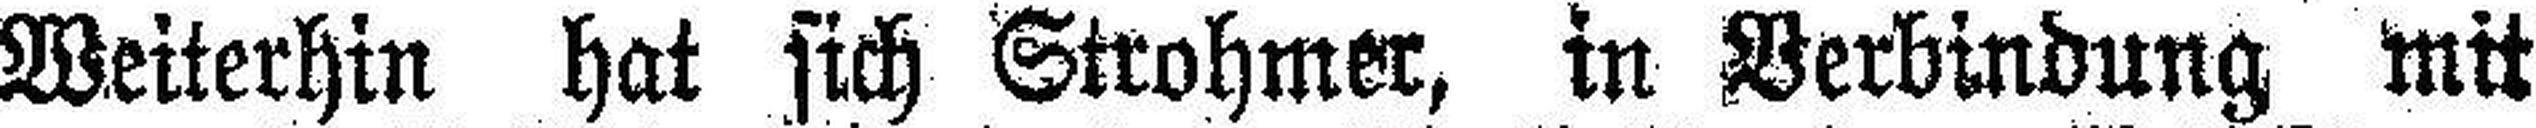
Weiterhin hat sich Strohmer, in Verbindung mit